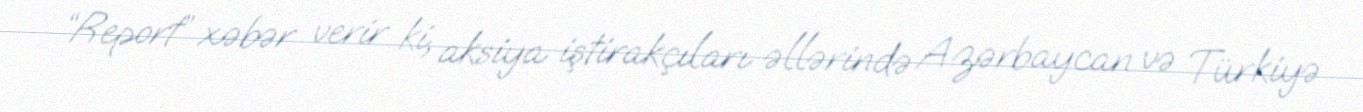
“Report” xəbər verir ki, aksiya iştirakçıları əllərində Azərbaycan və Türkiyə